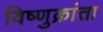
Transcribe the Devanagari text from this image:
विष्णुक्रांता